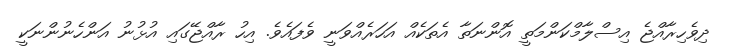
ދިވެހިރާއްޖެ އިސްލާމްކަންމަތީ އޮންނަތާ އެތަކެއް އަހަރެއްވަނީ ވެފައެވެ. އިހު ރާއްޖޭގައި އުޅުނު އަންހެނުންނަކީ